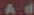
Ad